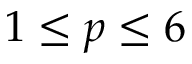
1 \le p \le 6